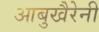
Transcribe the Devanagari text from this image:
आबुखैरेनी